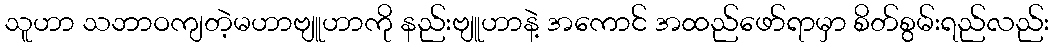
သူဟာ သဘာဝကျတဲ့မဟာဗျူဟာကို နည်းဗျူဟာနဲ့ အကောင် အထည်ဖော်ရာမှာ စိတ်စွမ်းရည်လည်း